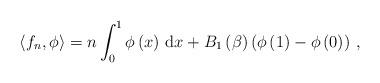
LaTeX: \begin{align*}\left\langle f_{n},\phi\right\rangle =n\int_{0}^{1}\phi\left( x\right)\,\mathrm{d}x+B_{1}\left( \beta\right) \left( \phi\left( 1\right)-\phi\left( 0\right) \right) \,, \end{align*}